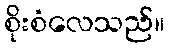
စိုးစံလေသည်။